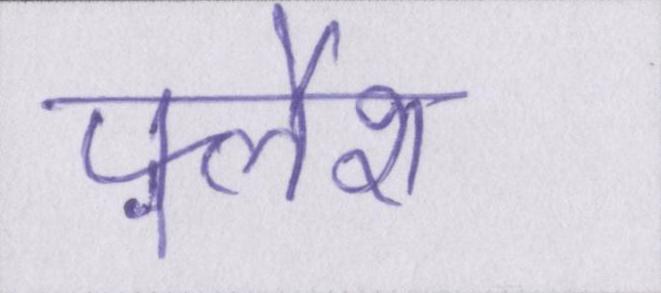
फ़्लैश